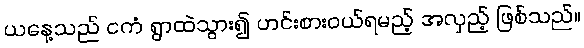
ယနေ့သည် ငကံ ရွာထဲသွား၍ ဟင်းစားဝယ်ရမည့် အလှည့် ဖြစ်သည်။